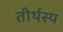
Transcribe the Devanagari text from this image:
तीर्थस्य